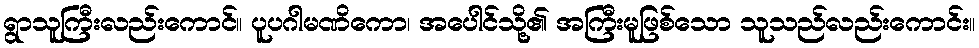
ရွာသူကြီးလည်းကောင်။ ပူပဂါမဏိကော၊ အပေါင်သို့၏ အကြီးမူဖြစ်သော သူသည်လည်းကောင်း။